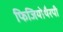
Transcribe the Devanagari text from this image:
फिजियोथैरपी